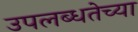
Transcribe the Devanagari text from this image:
उपलब्धतेच्या